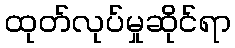
ထုတ်လုပ်မှုဆိုင်ရာ